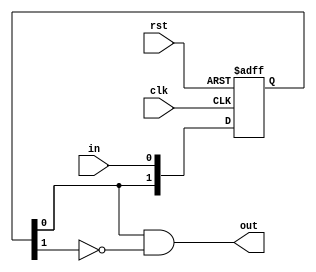

// time scale
`timescale 1ns/1ps

// no undeclared nets
//`default_nettype none

module PulseGenerator_negedge(
        
        //---------------------------------------------------------------------------
        //  ports
        //---------------------------------------------------------------------------
        rst,
        clk,
        in,
        out
        //---------------------------------------------------------------------------        

    );

    //-----------------------------------------------------------------------------------
    //   I/O Wires
    //-----------------------------------------------------------------------------------
    input wire                                  rst;
    input wire                                  clk;
    input wire                                  in;
    output wire                                 out;

	
    //-----------------------------------------------------------------------------------
    //  Genvars
    //-----------------------------------------------------------------------------------
    genvar i;
    //-----------------------------------------------------------------------------------
	
    //-----------------------------------------------------------------------------------
    //   Wires
    //-----------------------------------------------------------------------------------
    reg [1:0] in_delayed;

    //-----------------------------------------------------------------------------------

    //-----------------------------------------------------------------------------------
    //   Assigns
    //-----------------------------------------------------------------------------------
    assign out = in_delayed[0] & ~in_delayed[1];

    //-----------------------------------------------------------------------------------

    //-----------------------------------------------------------------------------------
    //    Flops
    //-----------------------------------------------------------------------------------
    always @(negedge clk or posedge rst) begin
        if (rst) begin
            in_delayed[0] <= 1'b0;
            in_delayed[1] <= 1'b0;
        end else begin
            in_delayed[0] <= in;
            in_delayed[1] <= in_delayed[0];
        end
    end

endmodule